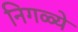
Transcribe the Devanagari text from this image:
निगळ्ये